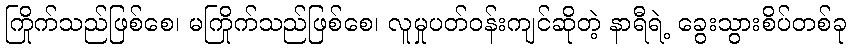
ကြိုက်သည်ဖြစ်စေ၊ မကြိုက်သည်ဖြစ်စေ၊ လူမှုပတ်ဝန်းကျင်ဆိုတဲ့ နာရီရဲ့ ခွေးသွားစိပ်တစ်ခု